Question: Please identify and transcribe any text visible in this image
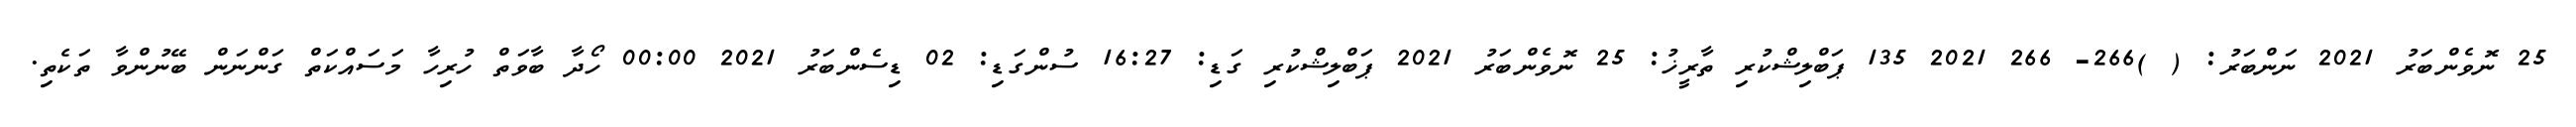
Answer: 25 ނޮވެންބަރު 2021 ނަންބަރު: ( )266- 266 2021 135 ޕަބްލިޝްކުރި ތާރީޚު: 25 ނޮވެންބަރު 2021 ޕަބްލިޝްކުރި ގަޑި: 16:27 ސުންގަޑި: 02 ޑިސެންބަރު 2021 00:00 ހޯދާ ބާވަތް ހުރިހާ މަސައްކަތް ގަންނަން ބޭނުންވާ ތަކެތި.